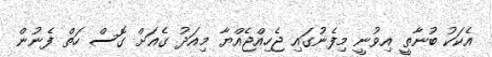
އެކަކު ބުނާތީ އިވުނީ މިފެނުގައި ޖެހިއްޖެއްޔާ މިއަދު ގެއަށް ގޮސް ހަތް ފެނުން